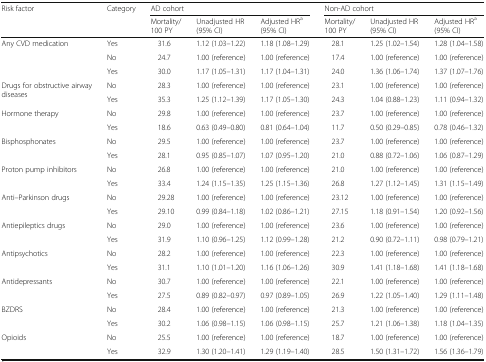
<table><thead><tr><td rowspan="2"><b>Risk factor</b></td><td rowspan="2"><b>Category</b></td><td colspan="3"><b>AD cohort</b></td><td colspan="3"><b>Non-AD cohort</b></td></tr><tr><td><b>Mortality/ 100 PY</b></td><td><b>Unadjusted HR(95% CI)</b></td><td><b>Adjusted HR<sup>a</sup>(95% CI)</b></td><td><b>Mortality/ 100 PY</b></td><td><b>Unadjusted HR(95% CI)</b></td><td><b>Adjusted HR<sup>a</sup>(95% CI)</b></td></tr></thead><tbody><tr><td rowspan="3">Any CVD medication</td><td>Yes</td><td>31.6</td><td>1.12 (1.03–1.22)</td><td>1.18 (1.08–1.29)</td><td>28.1</td><td>1.25 (1.02–1.54)</td><td>1.28 (1.04–1.58)</td></tr><tr><td>No</td><td>24.7</td><td>1.00 (reference)</td><td>1.00 (reference)</td><td>17.4</td><td>1.00 (reference)</td><td>1.00 (reference)</td></tr><tr><td>Yes</td><td>30.0</td><td>1.17 (1.05–1.31)</td><td>1.17 (1.04–1.31)</td><td>24.0</td><td>1.36 (1.06–1.74)</td><td>1.37 (1.07–1.76)</td></tr><tr><td rowspan="2">Drugs for obstructive airway diseases</td><td>No</td><td>28.3</td><td>1.00 (reference)</td><td>1.00 (reference)</td><td>23.1</td><td>1.00 (reference)</td><td>1.00 (reference)</td></tr><tr><td>Yes</td><td>35.3</td><td>1.25 (1.12–1.39)</td><td>1.17 (1.05–1.30)</td><td>24.3</td><td>1.04 (0.88–1.23)</td><td>1.11 (0.94–1.32)</td></tr><tr><td>Hormone therapy</td><td>No</td><td>29.8</td><td>1.00 (reference)</td><td>1.00 (reference)</td><td>23.7</td><td>1.00 (reference)</td><td>1.00 (reference)</td></tr><tr><td></td><td>Yes</td><td>18.6</td><td>0.63 (0.49–0.80)</td><td>0.81 (0.64–1.04)</td><td>11.7</td><td>0.50 (0.29–0.85)</td><td>0.78 (0.46–1.32)</td></tr><tr><td>Bisphosphonates</td><td>No</td><td>29.5</td><td>1.00 (reference)</td><td>1.00 (reference)</td><td>23.7</td><td>1.00 (reference)</td><td>1.00 (reference)</td></tr><tr><td></td><td>Yes</td><td>28.1</td><td>0.95 (0.85–1.07)</td><td>1.07 (0.95–1.20)</td><td>21.0</td><td>0.88 (0.72–1.06)</td><td>1.06 (0.87–1.29)</td></tr><tr><td rowspan="2">Proton pump inhibitors</td><td>No</td><td>26.8</td><td>1.00 (reference)</td><td>1.00 (reference)</td><td>21.0</td><td>1.00 (reference)</td><td>1.00 (reference)</td></tr><tr><td>Yes</td><td>33.4</td><td>1.24 (1.15–1.35)</td><td>1.25 (1.15–1.36)</td><td>26.8</td><td>1.27 (1.12–1.45)</td><td>1.31 (1.15–1.49)</td></tr><tr><td rowspan="2">Anti–Parkinson drugs</td><td>No</td><td>29.28</td><td>1.00 (reference)</td><td>1.00 (reference)</td><td>23.12</td><td>1.00 (reference)</td><td>1.00 (reference)</td></tr><tr><td>Yes</td><td>29.10</td><td>0.99 (0.84–1.18)</td><td>1.02 (0.86–1.21)</td><td>27.15</td><td>1.18 (0.91–1.54)</td><td>1.20 (0.92–1.56)</td></tr><tr><td>Antiepileptics drugs</td><td>No</td><td>29.0</td><td>1.00 (reference)</td><td>1.00 (reference)</td><td>23.6</td><td>1.00 (reference)</td><td>1.00 (reference)</td></tr><tr><td></td><td>Yes</td><td>31.9</td><td>1.10 (0.96–1.25)</td><td>1.12 (0.99–1.28)</td><td>21.2</td><td>0.90 (0.72–1.11)</td><td>0.98 (0.79–1.21)</td></tr><tr><td>Antipsychotics</td><td>No</td><td>28.2</td><td>1.00 (reference)</td><td>1.00 (reference)</td><td>22.3</td><td>1.00 (reference)</td><td>1.00 (reference)</td></tr><tr><td></td><td>Yes</td><td>31.1</td><td>1.10 (1.01–1.20)</td><td>1.16 (1.06–1.26)</td><td>30.9</td><td>1.41 (1.18–1.68)</td><td>1.41 (1.18–1.68)</td></tr><tr><td>Antidepressants</td><td>No</td><td>30.7</td><td>1.00 (reference)</td><td>1.00 (reference)</td><td>22.1</td><td>1.00 (reference)</td><td>1.00 (reference)</td></tr><tr><td></td><td>Yes</td><td>27.5</td><td>0.89 (0.82–0.97)</td><td>0.97 (0.89–1.05)</td><td>26.9</td><td>1.22 (1.05–1.40)</td><td>1.29 (1.11–1.48)</td></tr><tr><td>BZDRS</td><td>No</td><td>28.4</td><td>1.00 (reference)</td><td>1.00 (reference)</td><td>21.3</td><td>1.00 (reference)</td><td>1.00 (reference)</td></tr><tr><td></td><td>Yes</td><td>30.2</td><td>1.06 (0.98–1.15)</td><td>1.06 (0.98–1.15)</td><td>25.7</td><td>1.21 (1.06–1.38)</td><td>1.18 (1.04–1.35)</td></tr><tr><td>Opioids</td><td>No</td><td>25.5</td><td>1.00 (reference)</td><td>1.00 (reference)</td><td>18.7</td><td>1.00 (reference)</td><td>1.00 (reference)</td></tr><tr><td></td><td>Yes</td><td>32.9</td><td>1.30 (1.20–1.41)</td><td>1.29 (1.19–1.40)</td><td>28.5</td><td>1.50 (1.31–1.72)</td><td>1.56 (1.36–1.79)</td></tr></tbody></table>